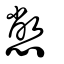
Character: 憋